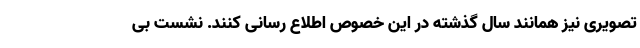
تصویری نیز همانند سال گذشته در این خصوص اطلاع رسانی کنند. نشست بی